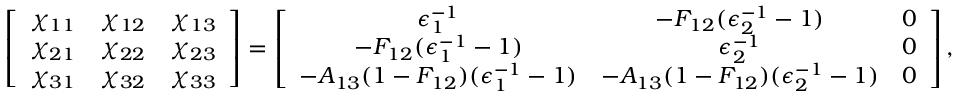
\left[ \begin{array} { c c c } { \chi _ { 1 1 } } & { \chi _ { 1 2 } } & { \chi _ { 1 3 } } \\ { \chi _ { 2 1 } } & { \chi _ { 2 2 } } & { \chi _ { 2 3 } } \\ { \chi _ { 3 1 } } & { \chi _ { 3 2 } } & { \chi _ { 3 3 } } \end{array} \right] = \left[ \begin{array} { c c c } { \epsilon _ { 1 } ^ { - 1 } } & { - F _ { 1 2 } ( \epsilon _ { 2 } ^ { - 1 } - 1 ) } & { 0 } \\ { - F _ { 1 2 } ( \epsilon _ { 1 } ^ { - 1 } - 1 ) } & { \epsilon _ { 2 } ^ { - 1 } } & { 0 } \\ { - A _ { 1 3 } ( 1 - F _ { 1 2 } ) ( \epsilon _ { 1 } ^ { - 1 } - 1 ) } & { - A _ { 1 3 } ( 1 - F _ { 1 2 } ) ( \epsilon _ { 2 } ^ { - 1 } - 1 ) } & { 0 } \end{array} \right] { , }